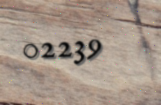
02239